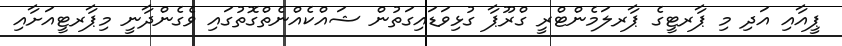
ޕީއާއި އަދި މި ޕާރޓީގެ ޕާރލަމެންޓްރީ ގްރޫޕާ ގުޅިވަޑައިގަތުން ޝައްކެއްނެތްގޮތުގައި ވެގެންދާނީ މިޕާރޓީއަށާއި